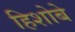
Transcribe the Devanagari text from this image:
हिशोबे